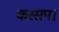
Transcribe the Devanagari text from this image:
कस्सप।